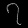
Digit: ၇